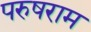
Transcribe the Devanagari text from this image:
परुषराम